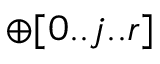
\mathbb { \oplus [ 0 . . j . . r ] }